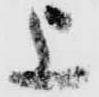
上